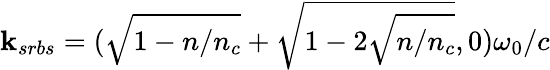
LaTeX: \textbf{k}_{srbs}=(\sqrt{1-n/n_{c}}+\sqrt{1-2\sqrt{n/n_{c}}},0)\omega_{0}/c